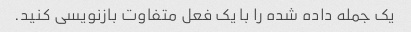
یک جمله داده شده را با یک فعل متفاوت بازنویسی کنید.